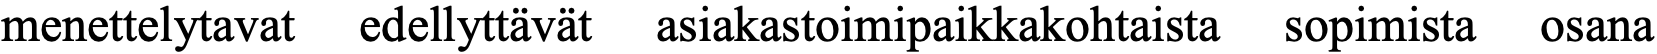
menettelytavat edellyttävät asiakastoimipaikkakohtaista sopimista osana